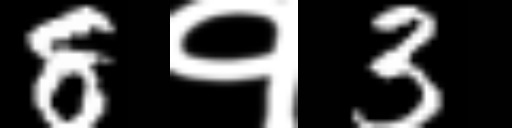
Text: 8१3